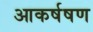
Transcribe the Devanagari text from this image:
आकर्षषण